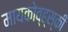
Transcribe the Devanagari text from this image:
मायकोव्ह्‌स्की